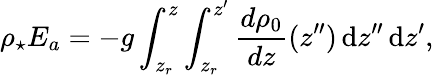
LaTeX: \rho_{\star}E_{a}=-g\int_{z_{r}}^{z}\int_{z_{r}}^{z^{\prime}}\frac{d\rho_{0}}{dz}(z^{\prime\prime})\, \mathrm{d}z^{\prime\prime}\, \mathrm{d}z^{\prime},